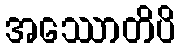
အဿောတိပိ